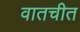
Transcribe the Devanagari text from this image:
वातचीत